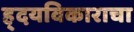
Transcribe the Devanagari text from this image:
ह्दयविकाराचा